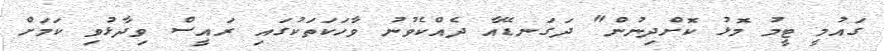
ގައުމީ ޓީމު މޮޅު ކޮށްދިނުން" ދަގަނޑޭއާ ދެއްކެވުނު ވާހަކަތަކުގައި ރައީސް ވިދާޅުވި ކަމަށް